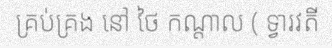
គ្រប់គ្រង នៅ ថៃ កណ្តាល ( ទ្វារវតី